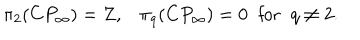
LaTeX: \pi _ { 2 } ( C P _ { \infty } ) = Z , \pi _ { q } ( C P _ { \infty } ) = 0 \; \; \mathrm { f o r } \; \; q \neq 2 .